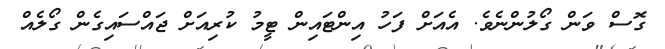
ގޮސް ވަން ގޯލުންނެވެ. އެއަށް ފަހު އިންޓައިން ޓީމު ކުރިއަށް ޖައްސައިގެން ގޯލެއް